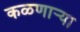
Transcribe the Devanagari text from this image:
कळणार्‍या